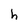
Character: h